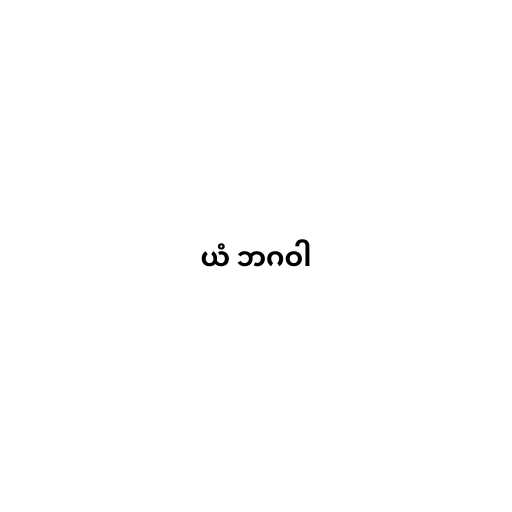
ယံ ဘဂဝါ